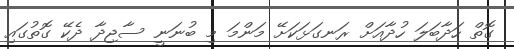
ގޮތް ހަދާބަލަ ހުދާއަށް ރަނގަޅަކަށޭ މަންމަ މި ބުނަނީ ސާޖިދާ ދެކޭ ގޮތުގައި